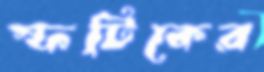
স্ফটিকের